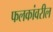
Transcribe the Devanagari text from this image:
फलकांवरील